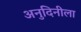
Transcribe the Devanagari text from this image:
अनुदिनीला